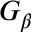
G _ { \beta }